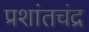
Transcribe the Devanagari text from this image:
प्रशांतचंद्र